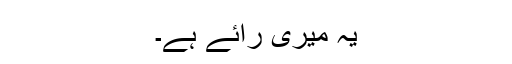
یہ میری رائے ہے۔